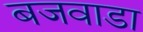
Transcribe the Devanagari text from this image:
बजवाडा